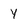
Character: Y